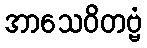
အာသေဝိတဗ္ဗံ